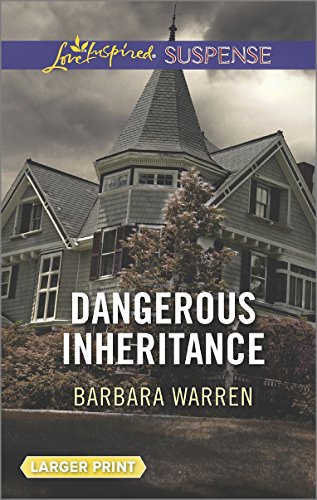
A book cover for Dangerous Inheritance (Love Inspired Large Print Suspense); Barbara Warren; Romance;